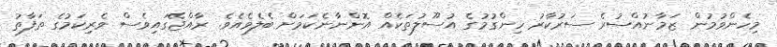
މިހެންވުމުން ޒަމާނުއްސުރެ ސަރުކާރު ހިންގުމުގެ އުސޫލުތަކެއް އޮންނާނެކަމަށް ބެލެވެއެވެ. ރާއްޖޭގައިވެސް ވެރިކަމުގެ ތަފާތު